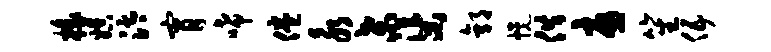
椽娱汰宵唏倦永桑渠郭幌供忧笙伍